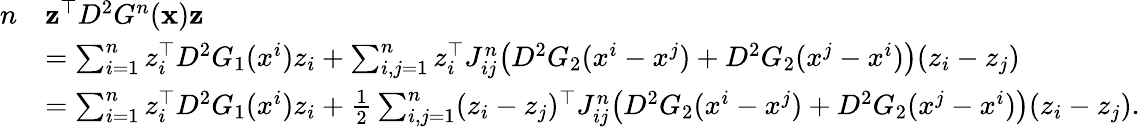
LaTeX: \begin{array}{rl}{n}&{\mathbf{z}^{\top}D^{2}G^{n}(\mathbf{x})\mathbf{z}}\\ &{=\sum_{i=1}^{n}z_{i}^{\top}D^{2}G_{1}(x^{i})z_{i}+\sum_{i,j=1}^{n}z_{i}^{\top}J_{ij}^{n}\big(D^{2}G_{2}(x^{i}-x^{j})+D^{2}G_{2}(x^{j}-x^{i})\big)(z_{i}-z_{j})}\\ &{=\sum_{i=1}^{n}z_{i}^{\top}D^{2}G_{1}(x^{i})z_{i}+\frac 12\sum_{i,j=1}^{n}(z_{i}-z_{j})^{\top}J_{ij}^{n}\big(D^{2}G_{2}(x^{i}-x^{j})+D^{2}G_{2}(x^{j}-x^{i})\big)(z_{i}-z_{j}).}\end{array}